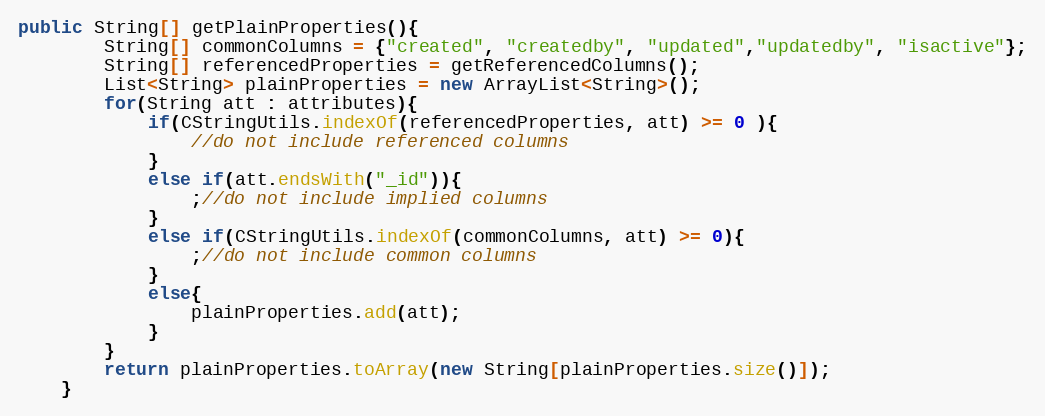
Language: Java
public String[] getPlainProperties(){
		String[] commonColumns = {"created", "createdby", "updated","updatedby", "isactive"};
		String[] referencedProperties = getReferencedColumns();
		List<String> plainProperties = new ArrayList<String>();
		for(String att : attributes){
			if(CStringUtils.indexOf(referencedProperties, att) >= 0 ){
				//do not include referenced columns
			}
			else if(att.endsWith("_id")){
				;//do not include implied columns
			}
			else if(CStringUtils.indexOf(commonColumns, att) >= 0){
				;//do not include common columns
			}
			else{
				plainProperties.add(att);
			}
		}
		return plainProperties.toArray(new String[plainProperties.size()]);
	}